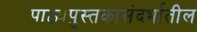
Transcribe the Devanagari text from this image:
पाठ्यपुस्तकांसंदर्भातील